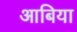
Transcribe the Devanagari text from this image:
आबिया